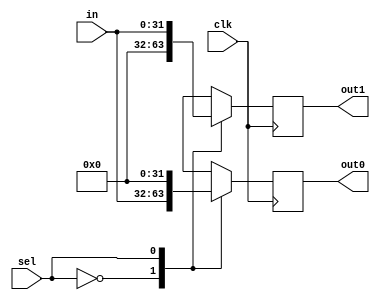
/*
 * DMux
 * ----------------
 * By: Rui van de Ven
 * For: Group 33, ELEC5566M
 *
 * Description
 * -----------
 * part of the Calculation Pipeline, will be used to enable Paralizing the Calc modules
 * 
 */
 
 module Demux2ByM #(
    //parameters
	 parameter N = 2, //number of outputs
	 parameter M = 32 //Bit Width
)(
    //Declare input and output ports
	 input clk, //clk in to make it synchronous
	 input sel, //select bit
	 input [M-1:0]in,
	 output reg [M-1:0] out0,
	 output reg [M-1:0] out1
);

	always @(posedge clk) begin
		case(sel)
			2'h0: begin
				out0 <= in;
				out1 <= 0;
			end
			2'h1: begin
				out1 <= in;
				out0 <= 0;
			end
			default : $display("Invalid sel input");
		endcase
	end
endmodule